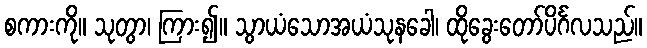
စကားကို။ သုတွာ၊ ကြား၍။ သွာယံသောအယံသုနခေါ၊ ထိုခွေးတော်ပိင်္ဂလသည်။